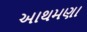
આથમણા